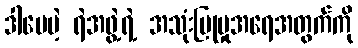
ဒါပေမဲ့ ရဲအဖွဲ့ရဲ့ အသုံးပြုမှုအရေအတွက်ကို